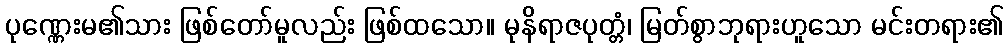
ပုဏ္ဏေးမ၏သား ဖြစ်တော်မူလည်း ဖြစ်ထသော။ မုနိရာဇပုတ္တံ၊ မြတ်စွာဘုရားဟူသော မင်းတရား၏